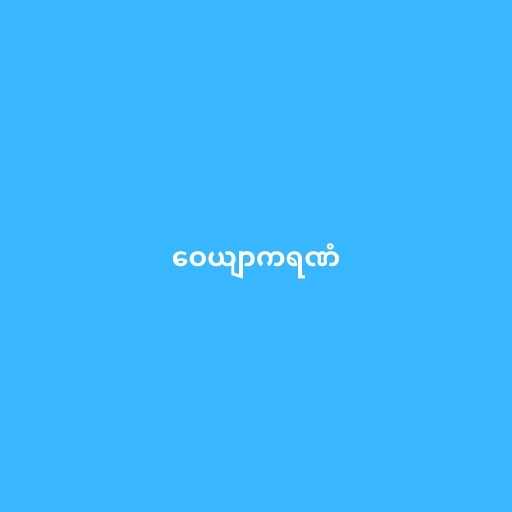
ဝေယျာကရဏံ